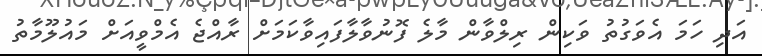
އަދި ހަމަ އެވަގުތު ވަކިން ރިލްވާން މާލެ ފޮނުވާލާފައިވާކަމަށް ރާއްޖެ އެމްވީއަށް މައުލޫމާތު